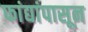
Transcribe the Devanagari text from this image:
फांद्यांपासून